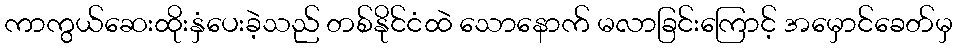
ကာကွယ်ဆေးထိုးနှံပေးခဲ့သည် တစ်နိုင်ငံထဲ သောနောက် မလာခြင်းကြောင့် အမှောင်ခေတ်မှ